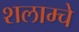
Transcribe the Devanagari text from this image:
शलाम्चे